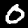
Digit: 0